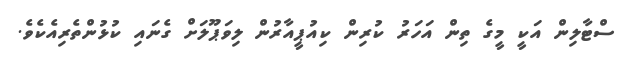
ސްޓާލިން އަކީ މީގެ ތިން އަހަރު ކުރިން ކިއުޕީއާރުން ލިވަޕޫލަށް ގެނައި ކުޅުންތެރިއެކެވެ.